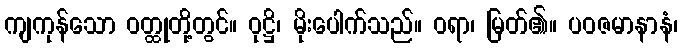
ကျကုန်သော ဝတ္ထုတို့တွင်။ ဝုဋ္ဌိ၊ မိုးပေါက်သည်။ ဝရာ၊ မြတ်၏။ ပဝဇမာနာနံ၊